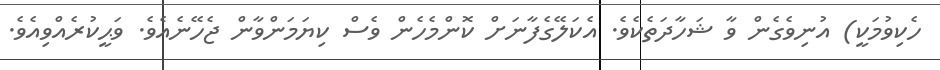
ހެކިވުމަކީ) އުނިވެގެން ވާ ޝަހާދަތެކެވެ. އެކަލޭގެފާނަށް ކޮންމެހެން ވެސް ކިޔަމަންވާން ޖެހޭނެއެވެ. ވަޙީކުރެއްވިއެވެ.